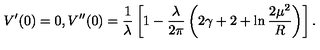
V ^ { \prime } ( 0 ) = 0 , V ^ { \prime \prime } ( 0 ) = \frac { 1 } { \lambda } \left[ 1 - \frac { \lambda } { 2 \pi } \left( 2 \gamma + 2 + \ln \frac { 2 \mu ^ { 2 } } { R } \right) \right] .